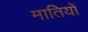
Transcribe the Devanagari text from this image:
मातियों